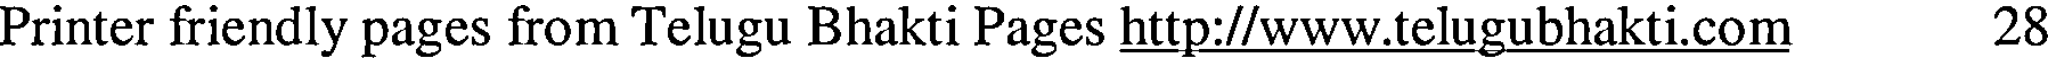
Printer friendly pages from Telugu Bhakti Pages http://www.telugubhakti.com 28